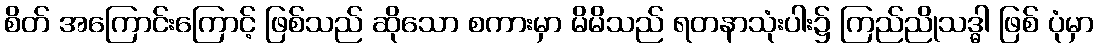
စိတ် အကြောင်းကြောင့် ဖြစ်သည် ဆိုသော စကားမှာ မိမိသည် ရတနာသုံးပါး၌ ကြည်ညိုသဒ္ဓါ ဖြစ် ပုံမှာ